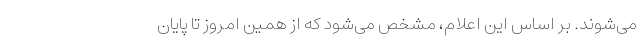
می‌شوند. بر اساس این اعلام، مشخص می‌شود که از همین امروز تا پایان